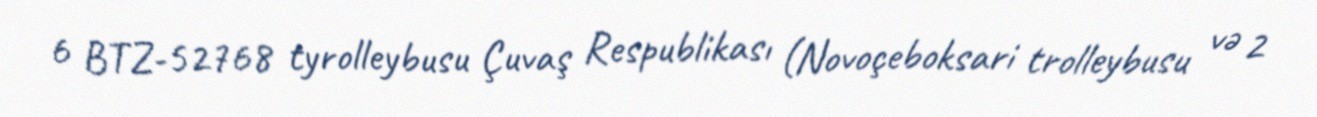
6 BTZ-52768 tyrolleybusu Çuvaş Respublikası (Novoçeboksari trolleybusu və 2